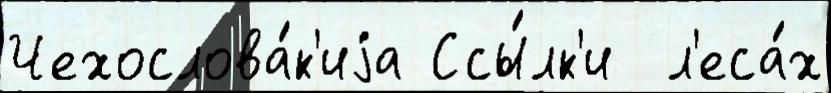
Чехослова́к'иjа Ссы́лк'и  л'еса́х